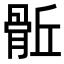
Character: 𩨼